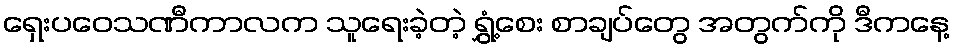
ရှေးပဝေသဏီကာလက သူရေးခဲ့တဲ့ ရွှံ့စေး စာချပ်တွေ အတွက်ကို ဒီကနေ့